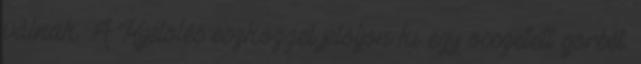
válnak. A Kijelölés eszközzel jelöljön ki egy összetett görbét.